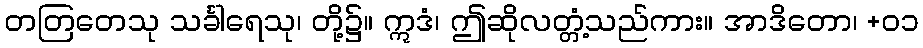
တတြတေသု သင်္ခါရေသု၊ တို့၌။ ဣဒံ၊ ဤဆိုလတ္တံ့သည်ကား။ အာဒိတော၊ +၀၁